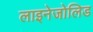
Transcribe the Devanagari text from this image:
लाइनेजोलिड